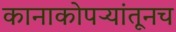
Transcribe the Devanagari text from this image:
कानाकोपऱ्यांतूनच